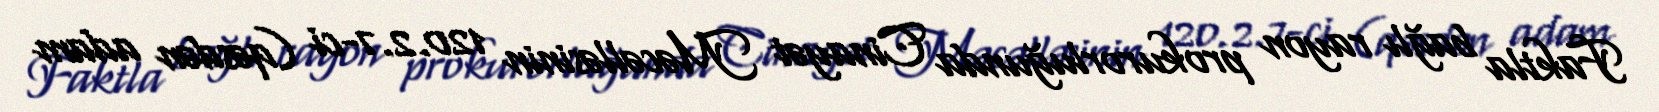
Faktla bağlı rayon prokurorluğunda Cinayət Məcəlləsinin 120.2.7-ci (qəsdən adam